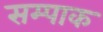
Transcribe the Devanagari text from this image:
सम्पाक